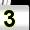
Digit: 3